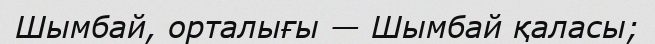
Шымбай, орталығы — Шымбай қаласы;